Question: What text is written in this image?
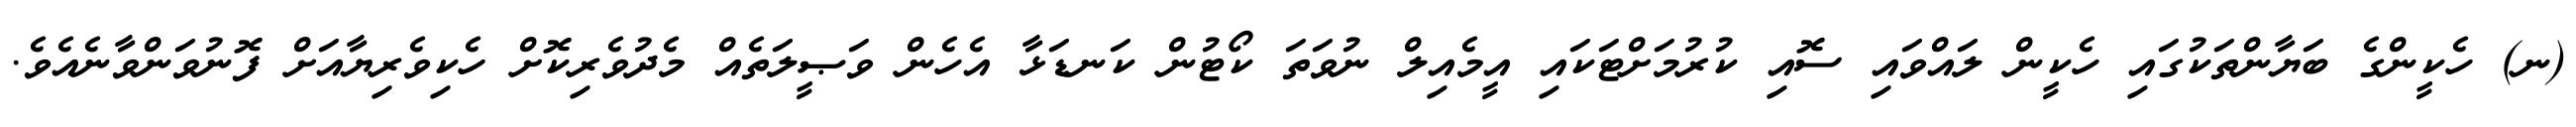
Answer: (ނ) ހެކީންގެ ބަޔާންތަކުގައި ހެކީން ލައްވައި ސޮއި ކުރުމަށްޓަކައި އީމެއިލް ނުވަތަ ކޯޓުން ކަނޑަޅާ އެހެން ވަޞީލަތެއް މެދުވެރިކޮށް ހެކިވެރިޔާއަށް ފޮނުވަންވާނެއެވެ.